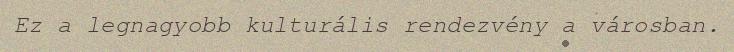
Ez a legnagyobb kulturális rendezvény a városban.